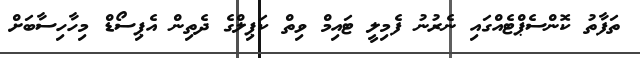
ތަފާތު ކޮންސެޕްޓެއްގައި ނެރުނު ފެމިލީ ޓައިމް ވިތް ކަޕިލްގެ ދެތިން އެޕިސޯޑް މިހާހިސާބަށް